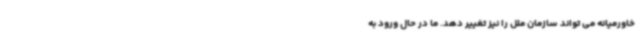
خاورمیانه می تواند سازمان ملل را نیز تغییر دهد. ما در حال ورود به